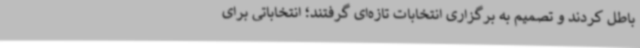
باطل کردند و تصمیم به برگزاری انتخابات تازه‌ای گرفتند؛ انتخاباتی برای